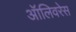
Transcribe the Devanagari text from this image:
ऑलिवरेस